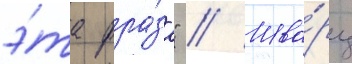
э́та фра́за" // Шва́рц